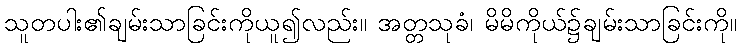
သူတပါး၏ချမ်းသာခြင်းကိုယူ၍လည်း။ အတ္တသုခံ၊ မိမိကိုယ်၌ချမ်းသာခြင်းကို။